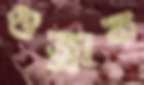
গুজ্‌রাক